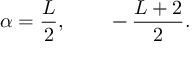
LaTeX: \alpha = { \frac { L } { 2 } } , ~ ~ ~ ~ ~ ~ - { \frac { L + 2 } { 2 } } .